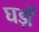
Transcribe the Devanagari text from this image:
घड़ोँ